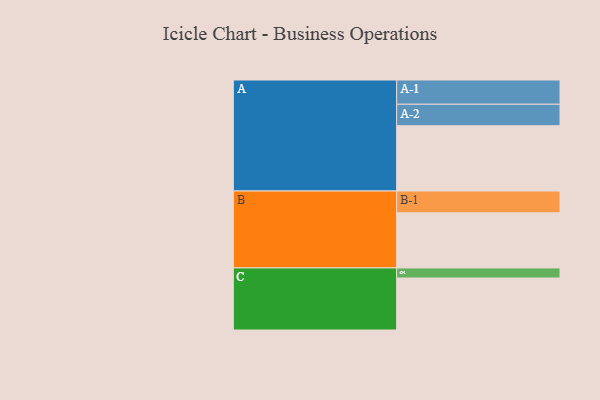
{"axis": {"x": "Segment", "y": "Value"}, "legend": ["", "A", "B", "C"], "data": [{"x": "A", "y": 576, "type": ""}, {"x": "B", "y": 486, "type": ""}, {"x": "C", "y": 459, "type": ""}, {"x": "A-1", "y": 214, "type": "A"}, {"x": "A-2", "y": 190, "type": "A"}, {"x": "B-1", "y": 193, "type": "B"}, {"x": "C-1", "y": 89, "type": "C"}]}